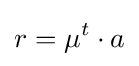
r=\mu ^{t}\cdot a